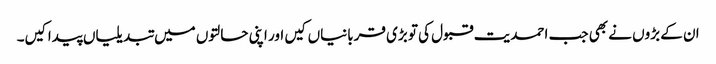
ان کے بڑوں نے بھی جب احمدیت قبول کی تو بڑی قربانیاں کیں اور اپنی حالتوں میں تبدیلیاں پیدا کیں۔